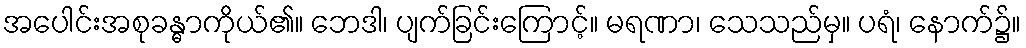
အပေါင်းအစုခန္ဓာကိုယ်၏။ ဘေဒါ၊ ပျက်ခြင်းကြောင့်။ မရဏာ၊ သေသည်မှ။ ပရံ၊ နောက်၌။